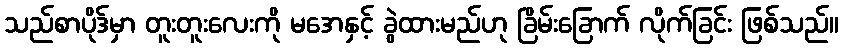
သည်စာပိုဒ်မှာ တူးတူးလေးကို မအေနှင့် ခွဲထားမည်ဟု ခြိမ်းခြောက် လိုက်ခြင်း ဖြစ်သည်။